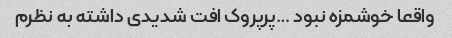
واقعا خوشمزه نبود …پرپروک افت شدیدی داشته به نظرم